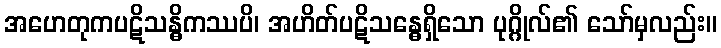
အဟေတုကပဋိသန္ဓိကဿပိ၊ အဟိတ်ပဋိသန္ဓေရှိသော ပုဂ္ဂိုလ်၏ သော်မှလည်း။